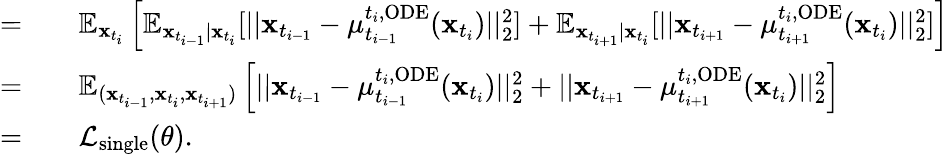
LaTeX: \begin{array}{rl}{=}&{{}\quad\mathbb{E}_{\mathbf{x}_{t_{i}}}\left[\mathbb{E}_{\mathbf{x}_{t_{i-1}}|\mathbf{x}_{t_{i}}}[||\mathbf{x}_{t_{i-1}}-\mu_{t_{i-1}}^{t_{i},\mathrm{ODE}}(\mathbf{x}_{t_{i}})||_{2}^{2}]+\mathbb{E}_{\mathbf{x}_{t_{i+1}}|\mathbf{x}_{t_{i}}}[||\mathbf{x}_{t_{i+1}}-\mu_{t_{i+1}}^{t_{i},\mathrm{ODE}}(\mathbf{x}_{t_{i}})||_{2}^{2}]\right]}\\ {=}&{{}\quad\mathbb{E}_{(\mathbf{x}_{t_{i-1}},\mathbf{x}_{t_{i}},\mathbf{x}_{t_{i+1}})}\left[||\mathbf{x}_{t_{i-1}}-\mu_{t_{i-1}}^{t_{i},\mathrm{ODE}}(\mathbf{x}_{t_{i}})||_{2}^{2}+||\mathbf{x}_{t_{i+1}}-\mu_{t_{i+1}}^{t_{i},\mathrm{ODE}}(\mathbf{x}_{t_{i}})||_{2}^{2}\right]}\\ {=}&{{}\quad\mathcal{L}_{\mathrm{single}}(\theta).}\end{array}